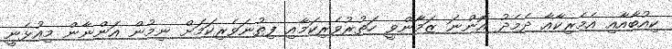
ކިއުބާއާއި އެމެރިކާއާ ދެމެދު އޮންނަ ޒަމާންވީ ހަތުރުވެރިކަމާއި ފިތުނަވެރިކަމަށް ނިމުން އަންނާން މިއުޅެނީ